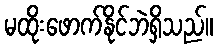
မထိုးဖောက်နိုင်ဘဲရှိသည်။